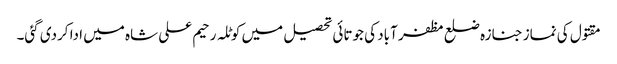
مقتول کی نماز جنازہ ضلع مظفر آباد کی جوتائی تحصیل میں کوٹلہ رحیم علی شاہ میں ادا کردی گئی۔